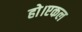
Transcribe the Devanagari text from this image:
हो।एकल